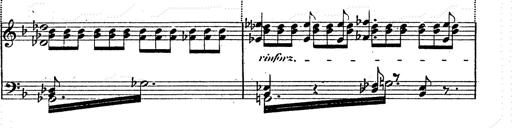
Title: Franz Schuberts geistliche Lieder
Composer: Franz Liszt